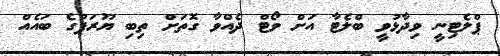
ޕްލެޓިނީ ވިދާޅުވީ ބްލެޓާ އަށް ވޯޓް ދެއްވާ ގޮތަށް ތިބި ޔޫރަޕުގެ ބައެއް